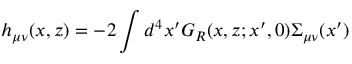
h _ { \mu \nu } ( x , z ) = - 2 \int d ^ { 4 } x ^ { \prime } G _ { R } ( x , z ; x ^ { \prime } , 0 ) \Sigma _ { \mu \nu } ( x ^ { \prime } )